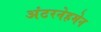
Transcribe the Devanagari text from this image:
अंटरनेहमेन